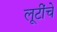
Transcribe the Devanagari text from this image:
लूटींचे